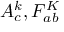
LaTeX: A _ { c } ^ { k } , F _ { a b } ^ { K }